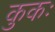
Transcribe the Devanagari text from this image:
कुकः